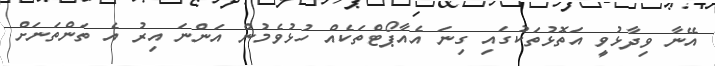
އޭނާ ވިދާޅުވީ އަތޮޅުތަކުގައި ގިނަ އެއާޕޯޓްތަކެއް ހުޅުވެމުން އަންނަ އިރު އެ ތަންތަނަށް